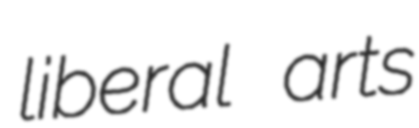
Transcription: liberal arts